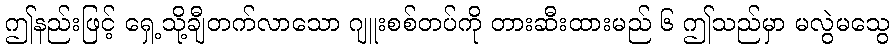
ဤနည်းဖြင့် ရှေ့သို့ချီတက်လာသော ဂျူးစစ်တပ်ကို တားဆီးထားမည် ၆ ဤသည်မှာ မလွဲမသွေ